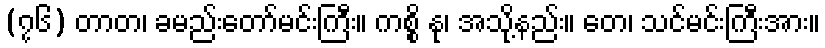
(၇၆) တာတ၊ ခမည်းတော်မင်းကြီး။ ကစ္စိ နု၊ အသို့နည်း။ တေ၊ သင်မင်းကြီးအား။